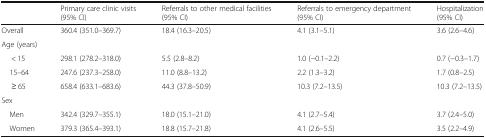
<table><thead><tr><td></td><td><b>Primary care clinic visits (95% CI)</b></td><td><b>Referrals to other medical facilities (95% CI)</b></td><td><b>Referrals to emergency department (95% CI)</b></td><td><b>Hospitalization (95% CI)</b></td></tr></thead><tbody><tr><td>Overall</td><td>360.4 (351.0–369.7)</td><td>18.4 (16.3–20.5)</td><td>4.1 (3.1–5.1)</td><td>3.6 (2.6–4.6)</td></tr><tr><td colspan="5">Age (years)</td></tr><tr><td>&lt; 15</td><td>298.1 (278.2–318.0)</td><td>5.5 (2.8–8.2)</td><td>1.0 (−0.1–2.2)</td><td>0.7 (−0.3–1.7)</td></tr><tr><td> 15–64</td><td>247.6 (237.3–258.0)</td><td>11.0 (8.8–13.2)</td><td>2.2 (1.3–3.2)</td><td>1.7 (0.8–2.5)</td></tr><tr><td>≥ 65</td><td>658.4 (633.1–683.6)</td><td>44.3 (37.8–50.9)</td><td>10.3 (7.2–13.5)</td><td>10.3 (7.2–13.5)</td></tr><tr><td colspan="5">Sex</td></tr><tr><td> Men</td><td>342.4 (329.7–355.1)</td><td>18.0 (15.1–21.0)</td><td>4.1 (2.7–5.4)</td><td>3.7 (2.4–5.0)</td></tr><tr><td> Women</td><td>379.3 (365.4–393.1)</td><td>18.8 (15.7–21.8)</td><td>4.1 (2.6–5.5)</td><td>3.5 (2.2–4.9)</td></tr></tbody></table>